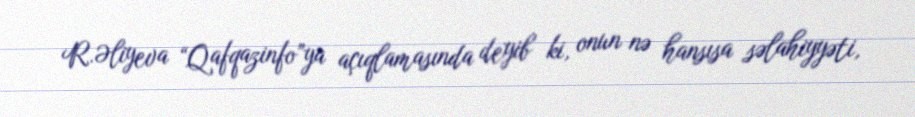
R.Əliyeva “Qafqazinfo”ya açıqlamasında deyib ki, onun nə hansısa səlahiyyəti,